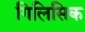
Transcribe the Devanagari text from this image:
गिलिसिक